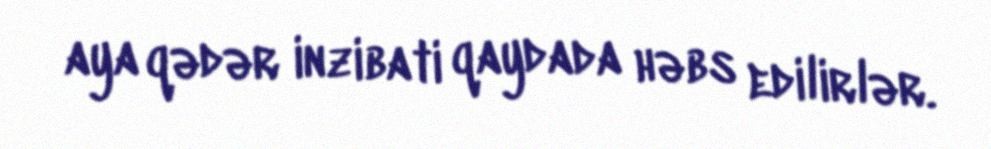
aya qədər inzibati qaydada həbs edilirlər.